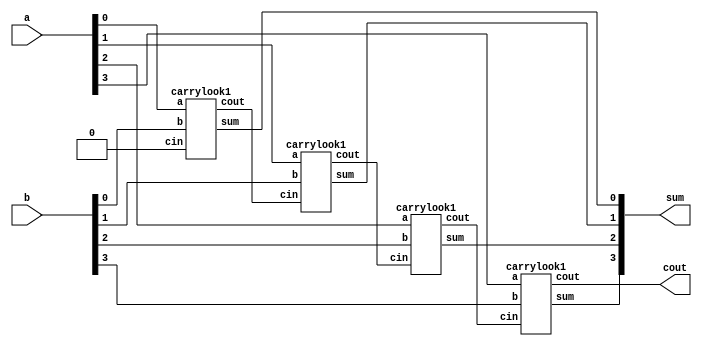
module carrylook_adder(a,b,sum,cout);
    input [3:0]a;
    input [3:0]b;
    output [3:0]sum;
    output cout;
    wire c1,c2,c3;
    carrylook1 cl1(a[0],b[0],1'b0,sum[0],c1);
    carrylook1 cl2(a[1],b[1],c1,sum[1],c2);
    carrylook1 cl3(a[2],b[2],c2,sum[2],c3);
    carrylook1 cl4(a[3],b[3],c3,sum[3],cout);
endmodule


module carrylook1(a,b,cin,sum,cout);
    input a;
    input b;
    input cin;
    output sum;
    output cout;
    wire P;
    wire G;
    assign P = a^b;
    assign G = a&b;
    assign cout = (G | P&cin);
    assign sum = (P^(G | P&cin));
endmodule